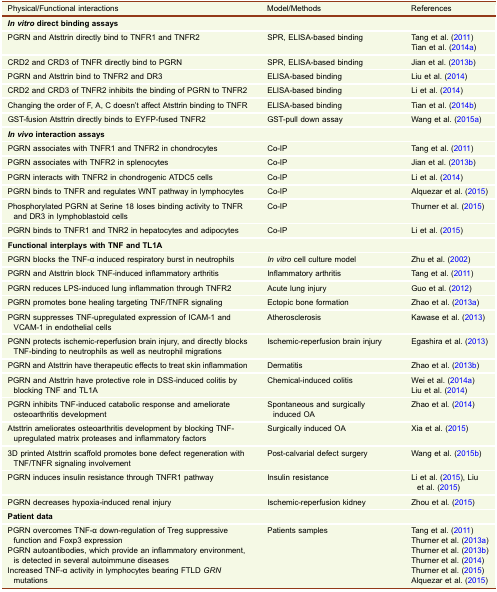
<table><thead><tr><td><b>Physical/Functional interactions</b></td><td><b>Model/Methods</b></td><td><b>References</b></td></tr></thead><tbody><tr><td colspan="3"><b><i>In vitro</i></b><b>direct binding assays</b></td></tr><tr><td>PGRN and Atsttrin directly bind to TNFR1 and TNFR2</td><td>SPR, ELISA-based binding</td><td>Tang et al. (2011)Tian et al. (2014a)</td></tr><tr><td>CRD2 and CRD3 of TNFR directly bind to PGRN</td><td>SPR, ELISA-based binding</td><td>Jian et al. (2013b)</td></tr><tr><td>PGRN and Atsttrin bind to TNFR2 and DR3</td><td>ELISA-based binding</td><td>Liu et al. (2014)</td></tr><tr><td>CRD2 and CRD3 of TNFR2 inhibits the binding of PGRN to TNFR2</td><td>ELISA-based binding</td><td>Li et al. (2014)</td></tr><tr><td>Changing the order of F, A, C doesn’t affect Atsttrin binding to TNFR</td><td>ELISA-based binding</td><td>Tian et al. (2014b)</td></tr><tr><td>GST-fusion Atsttrin directly binds to EYFP-fused TNFR2</td><td>GST-pull down assay</td><td>Wang et al. (2015a)</td></tr><tr><td colspan="3"><b><i>In vivo</i></b><b>interaction assays</b></td></tr><tr><td>PGRN associates with TNFR1 and TNFR2 in chondrocytes</td><td>Co-IP</td><td>Tang et al. (2011)</td></tr><tr><td>PGRN associates with TNFR2 in splenocytes</td><td>Co-IP</td><td>Jian et al. (2013b)</td></tr><tr><td>PGRN interacts with TNFR2 in chondrogenic ATDC5 cells</td><td>Co-IP</td><td>Li et al. (2014)</td></tr><tr><td>PGRN binds to TNFR and regulates WNT pathway in lymphocytes</td><td>Co-IP</td><td>Alquezar et al. (2015)</td></tr><tr><td>Phosphorylated PGRN at Serine 18 loses binding activity to TNFR and DR3 in lymphoblastoid cells</td><td>Co-IP</td><td>Thurner et al. (2015)</td></tr><tr><td>PGRN binds to TNFR1 and TNR2 in hepatocytes and adipocytes</td><td>Co-IP</td><td>Li et al. (2015)</td></tr><tr><td colspan="3"><b>Functional interplays with TNF and TL1A</b></td></tr><tr><td>PGRN blocks the TNF-α induced respiratory burst in neutrophils</td><td><i>In vitro</i> cell culture model</td><td>Zhu et al. (2002)</td></tr><tr><td>PGRN and Atsttrin block TNF-induced inflammatory arthritis</td><td>Inflammatory arthritis</td><td>Tang et al. (2011)</td></tr><tr><td>PGRN reduces LPS-induced lung inflammation through TNFR2</td><td>Acute lung injury</td><td>Guo et al. (2012)</td></tr><tr><td>PGRN promotes bone healing targeting TNF/TNFR signaling</td><td>Ectopic bone formation</td><td>Zhao et al. (2013a)</td></tr><tr><td>PGRN suppresses TNF-upregulated expression of ICAM-1 and VCAM-1 in endothelial cells</td><td>Atherosclerosis</td><td>Kawase et al. (2013)</td></tr><tr><td>PGNN protects ischemic-reperfusion brain injury, and directly blocks TNF-binding to neutrophils as well as neutrophil migrations</td><td>Ischemic-reperfusion brain injury</td><td>Egashira et al. (2013)</td></tr><tr><td>PGRN and Atsttrin have therapeutic effects to treat skin inflammation</td><td>Dermatitis</td><td>Zhao et al. (2013b)</td></tr><tr><td>PGRN and Atsttrin have protective role in DSS-induced colitis by blocking TNF and TL1A</td><td>Chemical-induced colitis</td><td>Wei et al. (2014a)Liu et al. (2014)</td></tr><tr><td>PGRN inhibits TNF-induced catabolic response and ameliorate osteoarthritis development</td><td>Spontaneous and surgically induced OA</td><td>Zhao et al. (2014)</td></tr><tr><td>Atsttrin ameliorates osteoarthritis development by blocking TNF-upregulated matrix proteases and inflammatory factors</td><td>Surgically induced OA</td><td>Xia et al. (2015)</td></tr><tr><td>3D printed Atsttrin scaffold promotes bone defect regeneration with TNF/TNFR signaling involvement</td><td>Post-calvarial defect surgery</td><td>Wang et al. (2015b)</td></tr><tr><td>PGRN induces insulin resistance through TNFR1 pathway</td><td>Insulin resistance</td><td>Li et al. (2015), Liu et al. (2015)</td></tr><tr><td>PGRN decreases hypoxia-induced renal injury</td><td>Ischemic-reperfusion kidney</td><td>Zhou et al. (2015)</td></tr><tr><td colspan="3"><b>Patient data</b></td></tr><tr><td>PGRN overcomes TNF-α down-regulation of Treg suppressive function and Foxp3 expressionPGRN autoantibodies, which provide an inflammatory environment, is detected in several autoimmune diseasesIncreased TNF-α activity in lymphocytes bearing FTLD <i>GRN</i> mutations</td><td>Patients samples</td><td>Tang et al. (2011)Thurner et al. (2013a)Thurner et al. (2013b)Thurner et al. (2014)Thurner et al. (2015)Alquezar et al. (2015)</td></tr></tbody></table>